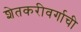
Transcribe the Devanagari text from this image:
शेतकरीवर्गाची